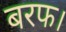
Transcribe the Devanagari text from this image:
बरफ।